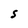
Character: S